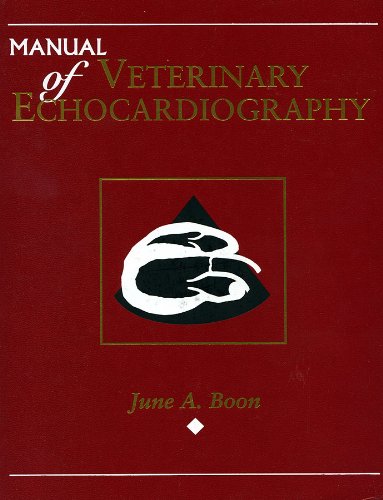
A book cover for Manual of Veterinary Echocardiography; June A. Boon; Medical Books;